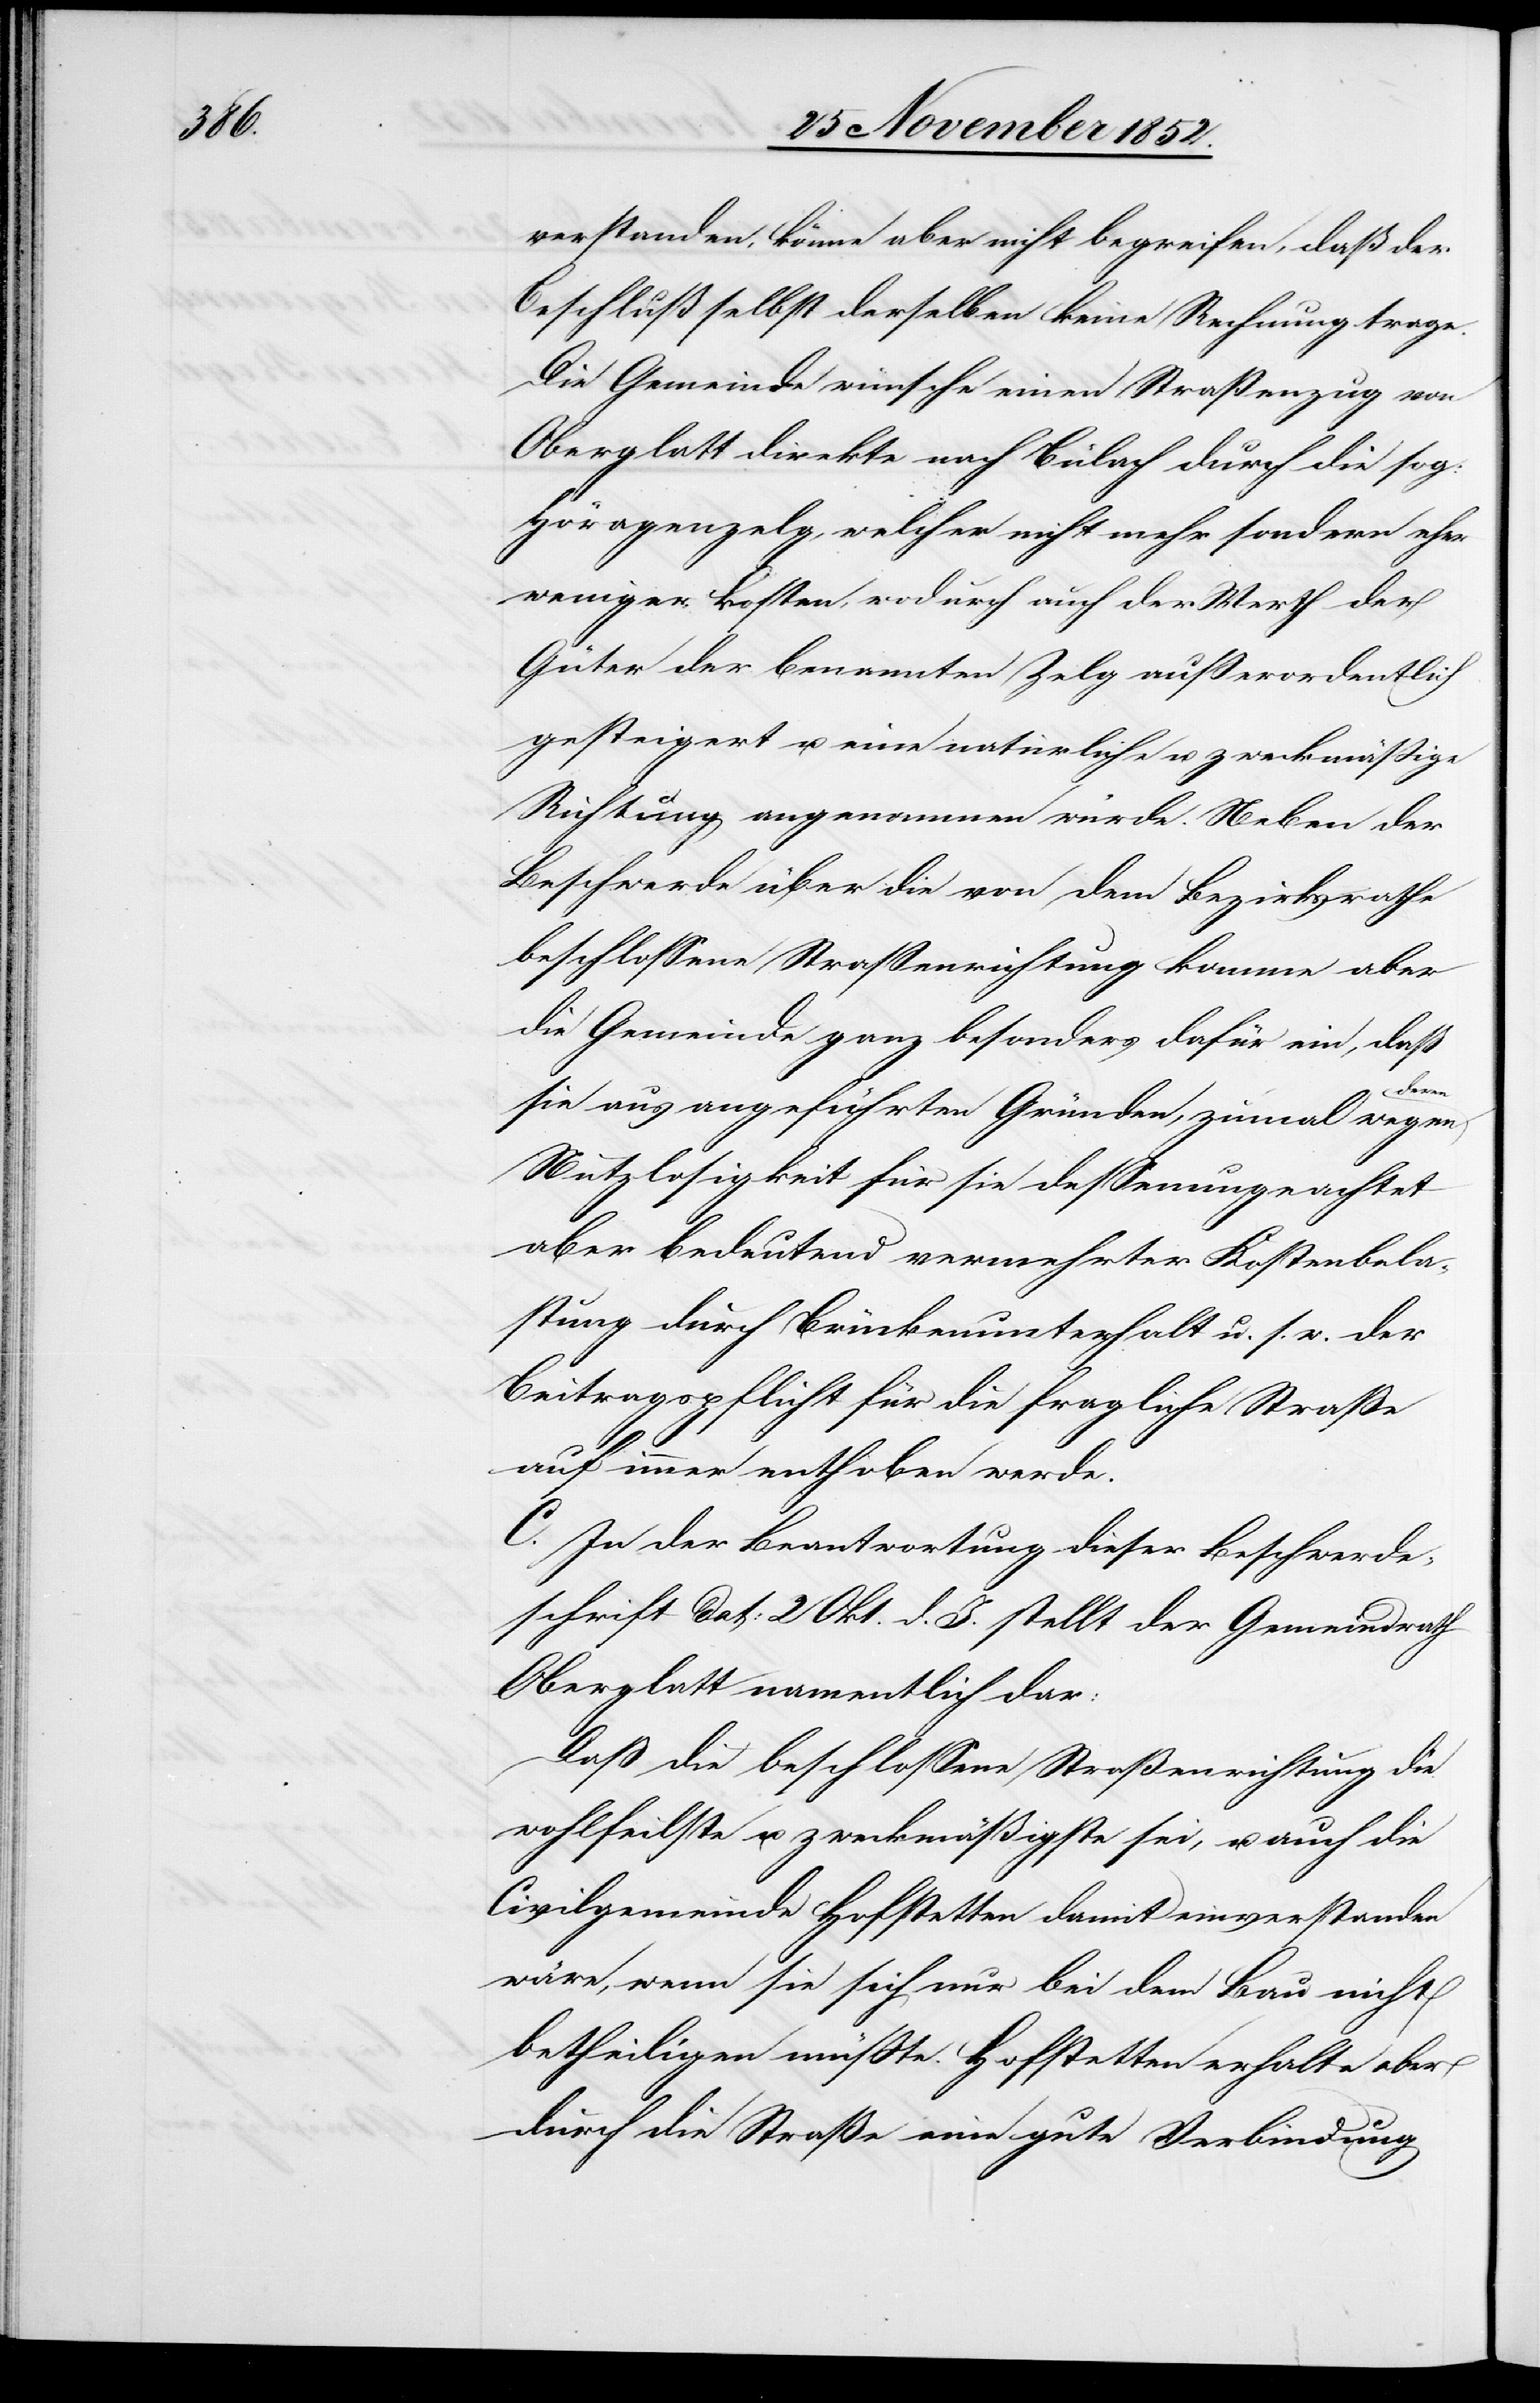
verstanden, könne aber nicht begreifen, daß der
Beschluß selbst derselben keine Rechnung trage.
Die Gemeinde wünsche einen Straßenzug von
Oberglatt direkte nach Bülach durch die sog:
Höragenzelg, welcher nicht mehr sondern eher
weniger kosten, wodurch auch der Werth der
Güter der benannten Zelg außerordentlich
gesteigert u. eine natürliche u. zweckmäßige
Richtung angenommen würde. Neben der
Beschwerde über die von dem Bezirksrathe
beschlossene Straßenrichtung komme aber
die Gemeinde ganz besonders dafür ein, daß
en deren
sie aus angeführten Gründen, zumal weg¬
Nutzlosigkeit für sie dessenungeachtet
aber bedeutend vermehrter Kostenbela¬
stung durch Brückenunterhalt u. s. w. der
Beitragspflicht für die fragliche Straße
auf immer enthoben werde.
C. In der Beantwortung dieser Beschwerde¬
schrift dat: 2 Okt. d. J. stellt der Gemeindrath
Oberglatt namentlich dar:
Daß die beschlossene Straßenrichtung die
wohlfeilste u. zweckmäßigste sei, u. auch die
Civilgemeinde Hofstetten damit einverstanden
wäre, wenn sie sich nur bei dem Bau nicht
betheiligen müßte. Hofstetten erhalte aber
durch die Straße eine gute Verbindung